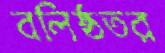
বলিষ্ঠতর